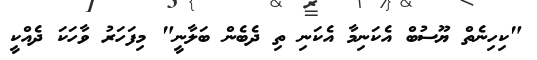
"ކިހިނެތް ޔޫސުބް އެކަނިމާ އެކަނި ތި ދެބެން ބަލާނީ" މިފަހަރު ވާހަކަ ދެއްކީ